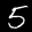
Label: 5